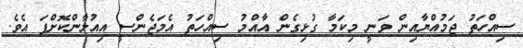
ސިއްހަތު ޖަމުއްޔާއިން ވަނީ މިކަމާ ގުޅިގެން އާއްމު ސިއްހަތު އެމަޖެންސީ އިއުލާންކޮށްފަ އެވެ.